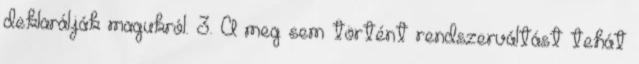
deklarálják magukról. 3. A meg sem történt rendszerváltást tehát